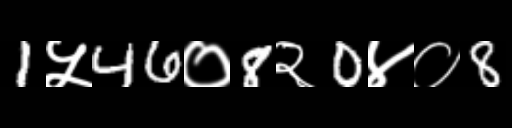
Text: 1५46०8२0४०8